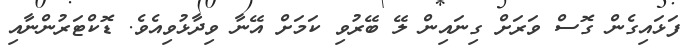
ފަޅައިގެން ގޮސް ވަރަށް ގިނައިން ލޭ ބޭރުވި ކަމަށް އޭނާ ވިދާޅުވިއެވެ. ޑޮކްޓަރުންނާއި